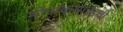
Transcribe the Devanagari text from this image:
मोनॉक्साईडची